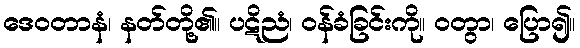
ဒေဝတာနံ၊ နတ်တို့၏။ ပဋိညံ၊ ဝန်ခံခြင်းကို။ ဝတွာ၊ ပြော၍။